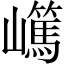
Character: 𡾬